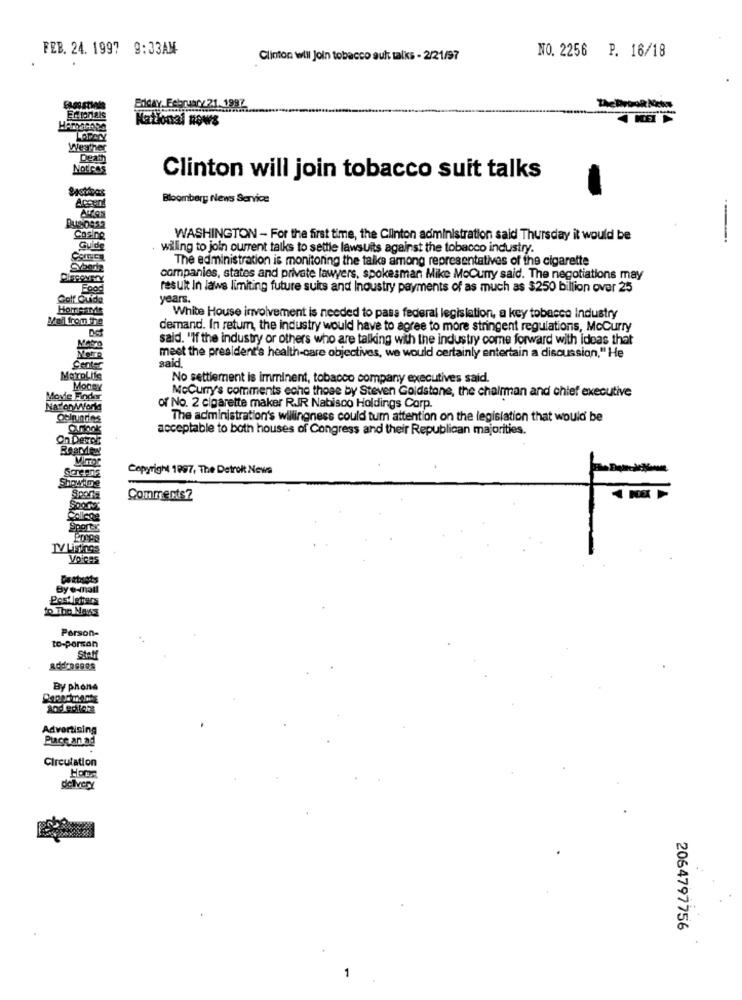
FEB. 24. 1997 9:33AM
.
Clinton will Join tobacco auk talks - 2/21/97
NO. 2256 P. 16/18
Bdday, February 21. 1987
National news
Werther
Motess
Clinton will join tobacco suit talks
Bloomberg News Service
Accent
Cosine
WASHINGTON - For the first time, the Clinton administration said Thursday it would be
Guide
wiling to join ourrent talks to settle lawsuits against the tobacco industry.
The administration is monitoring the talks among representatives of the cigarette
SYboots
companies, states and private lawyers, spokesman Mike MoCurry said. The negotiations may
Food
result In laws limiting future suits and Inoustry payments of as much as $250 billion over 25
LOTida
years.
HomeaME
Mail fromthe
White House involvement is needed to pass federal legislation, a key tobacco Industry
Det
demand. In return, the industry would have to agree to more stringent regulations, McCurry
said. "If the industry or others who are talking with the industry come forward with ideas that
Mat
meet the president's health-care objectives, we would certainly entertain a discussion," He
said
Center
No settlement is imminent, tobacco company executives said.
Money
McCurry's comments eche those by Steven Goldstone, the chairman and chief executive
Movie Finder
Nav'or yoria
of No. 2 cigarette maker RIR Nabisco Holdings Corp.
The administration's willingness could tum attention on the legislation that would be
acceptable to both houses of Congress and their Republican majorities.
On Demol
Copyright 1997, The Detroit News
ShowiDe
Spora
Comments?
College
Sporty
VOICES
By e-mail
Person-
to-porson
SteM
By phone
Advertising
Puce an ad
.
Circulation
delivery
2064797756
-